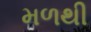
મળથી